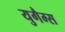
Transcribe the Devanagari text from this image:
युगैम्स